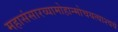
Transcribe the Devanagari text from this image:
महासंसारव्यामोहान्मोचयत्याश्‍वयं